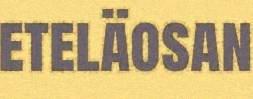
eteläosan